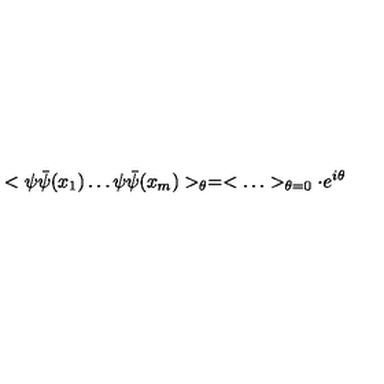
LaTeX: < \psi \bar { \psi } ( x _ { 1 } ) \ldots \psi \bar { \psi } ( x _ { m } ) > _ { \theta } = < \ldots > _ { \theta = 0 } \cdot e ^ { i \theta }